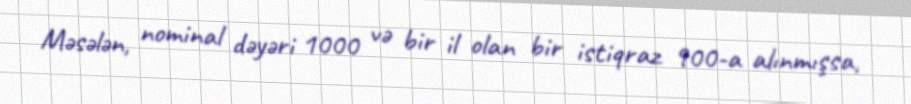
Məsələn, nominal dəyəri 1000 və bir il olan bir istiqraz 900-a alınmışsa,